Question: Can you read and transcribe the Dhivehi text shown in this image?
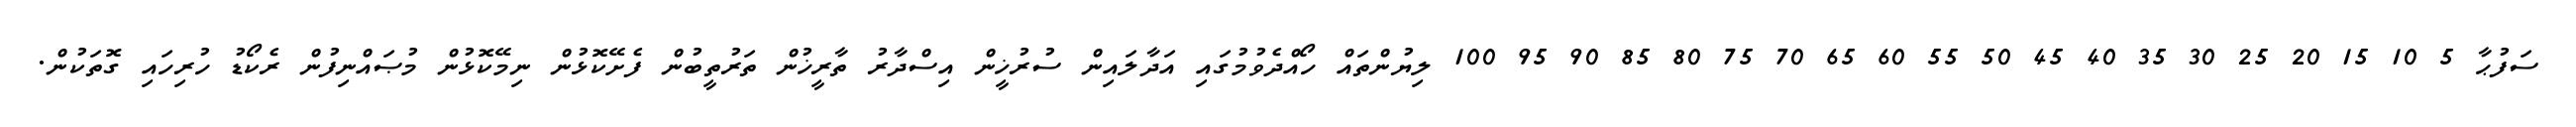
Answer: ސަފުޙާ 5 10 15 20 25 30 35 40 45 50 55 60 65 70 75 80 85 90 95 100 ލިޔުންތައް ހޯއްދެވުމުގައި އަދާލައިން ސުރުޚީން އިސްދާރު ތާރީޚުން ތަރުތީބުން ފެށޭކޮޅުން ނިމޭކޮޅުން މުޞައްނިފުން ރެކޯޑު ހުރިހައި ގޮތަކުން.